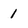
Character: 1